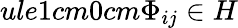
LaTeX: ule{1cm}{0cm}\Phi_{ij}\in H